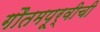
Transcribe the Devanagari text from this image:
गौतमपूर्वीची